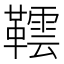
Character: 𬰨